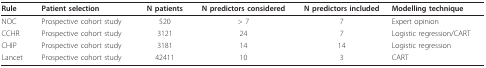
<table><thead><tr><td><b>Rule</b></td><td><b>Patient selection</b></td><td><b>N patients</b></td><td><b>N predictors considered</b></td><td><b>N predictors included</b></td><td><b>Modelling technique</b></td></tr></thead><tbody><tr><td>NOC</td><td>Prospective cohort study</td><td>520</td><td>&gt; 7</td><td>7</td><td>Expert opinion</td></tr><tr><td>CCHR</td><td>Prospective cohort study</td><td>3121</td><td>24</td><td>7</td><td>Logistic regression/CART</td></tr><tr><td>CHIP</td><td>Prospective cohort study</td><td>3181</td><td>14</td><td>14</td><td>Logistic regression</td></tr><tr><td>Lancet</td><td>Prospective cohort study</td><td>42411</td><td>10</td><td>3</td><td>CART</td></tr></tbody></table>